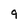
Character: 9